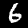
Digit: 6